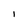
Character: i